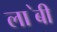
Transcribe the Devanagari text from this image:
ला॓बी